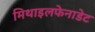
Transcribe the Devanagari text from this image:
मिथाइलफेनाडेट